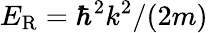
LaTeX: E_{\mathrm{R}}=\hbar^{2}k^{2}/(2m)